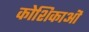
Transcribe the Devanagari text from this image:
कोशिकाऒ